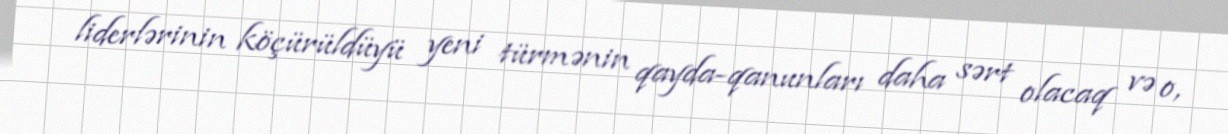
liderlərinin köçürüldüyü yeni türmənin qayda-qanunları daha sərt olacaq və o,